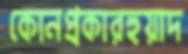
কোনপ্রকারহুয়াদ